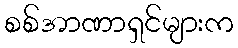
စစ်အာဏာရှင်များက